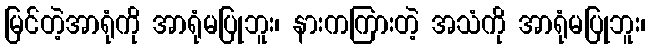
မြင်တဲ့အာရုံကို အာရုံမပြုဘူး၊ နားကကြားတဲ့ အသံကို အာရုံမပြုဘူး၊